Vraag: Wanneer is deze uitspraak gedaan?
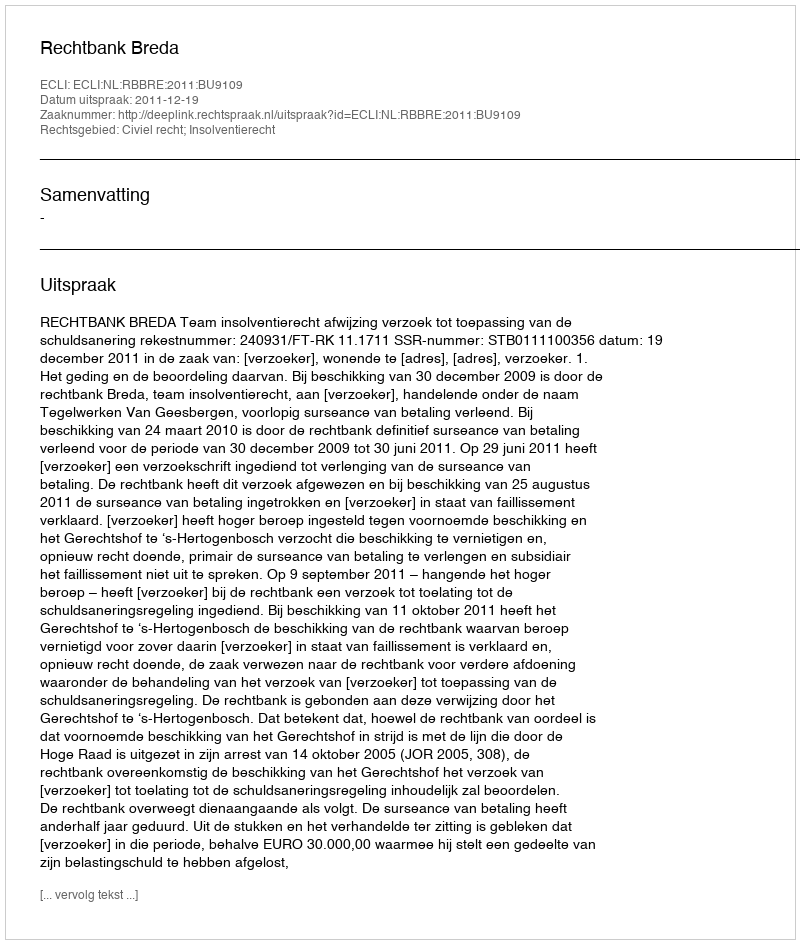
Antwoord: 2011-12-19